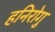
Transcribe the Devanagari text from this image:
हनिरोगु